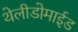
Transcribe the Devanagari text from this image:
थेलीडोमाईड